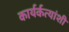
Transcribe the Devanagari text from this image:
कार्यर्कत्यांशी